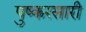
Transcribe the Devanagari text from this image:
पुष्करसारी